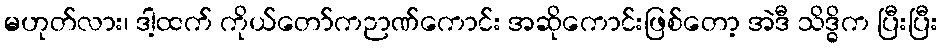
မဟုတ်လား၊ ဒါ့ထက် ကိုယ်တော်ကဉာဏ်ကောင်း အဆိုကောင်းဖြစ်တော့ အဲဒီ သိဒ္ဓိက ပြီးပြီး